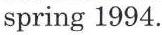
spring 1994.